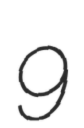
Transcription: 9